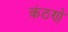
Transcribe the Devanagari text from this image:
कंठणे